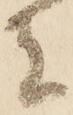
者